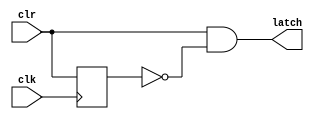
`timescale 1ps / 1ps                                                              
//////////////////////////////////////////////////////////////////////////////////
// Module Name   : control_block.v
// Project Name  : control_block.v
// Target Devices: xc7k325tffg900-2
// Tool Versions : vivado 2017.4
// Description   : control clear and write
// Revision      : 0.0
//////////////////////////////////////////////////////////////////////////////////
module control_block
(
    input  wire                     clk         ,   
    input  wire                     clr         ,
    output wire                     latch
);


reg clr_r=1'b0;


always @(posedge clk)begin
  clr_r<=clr;
end

assign latch = (clr)&&(!clr_r);


endmodule